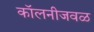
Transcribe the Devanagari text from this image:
कॉलनीजवळ